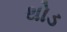
થોડ